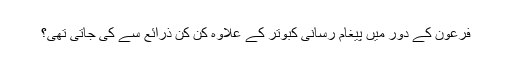
فرعون کے دور میں پیغام رسانی کبوتر کے علاوہ کن کن ذرائع سے کی جاتی تھی؟